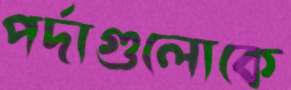
পর্দাগুলোকে